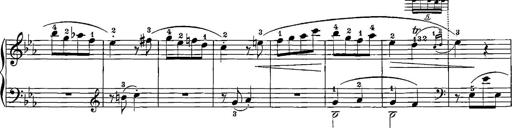
Title: 12 Sonatinas
Composer: Ignaz Pleyel